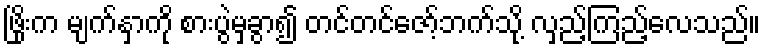
ဖြိုးက မျက်နှာကို စားပွဲမှခွာ၍ တင်တင်ဇော့်ဘက်သို့ လှည့်ကြည့်လေသည်။